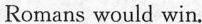
Romanswould win.